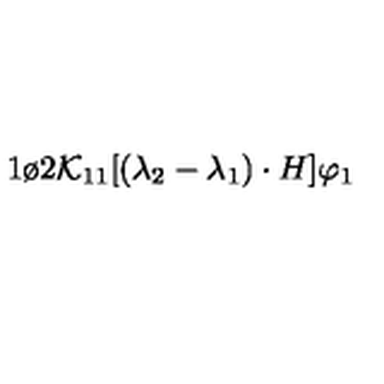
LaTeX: { 1 \o { 2 { \cal K } _ { 1 1 } } } [ ( \lambda _ { 2 } - \lambda _ { 1 } ) \cdot H ] \varphi _ { 1 }